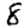
Digit: 8